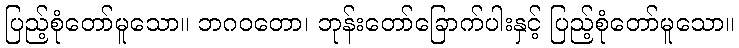
ပြည့်စုံတော်မူသော။ ဘဂဝတော၊ ဘုန်းတော်ခြောက်ပါးနှင့် ပြည့်စုံတော်မူသော။